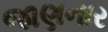
જાણનાર